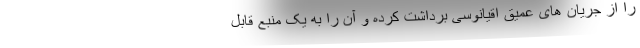
را از جریان های عمیق اقیانوسی برداشت کرده و آن را به یک منبع قابل